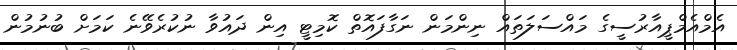
އެމްއެމްޕީއާރުސީގެ މައްސަލަތައް ނިންމަން ނަގާފައޮތް ކޮމިޓީ އިން ދައުވާ ނުކުރެވޭނެ ކަމަށް ބުނުމުން